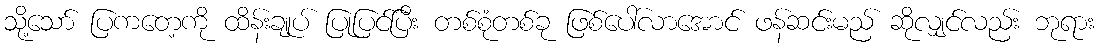
သို့သော် ပြကတေ့ကို ထိန်းချုပ် ပြုပြင်ပြီး တစ်စုံတစ်ခု ဖြစ်ပေါ်လာအောင် ဖန်ဆင်းမည် ဆိုလျှင်လည်း ဘုရား